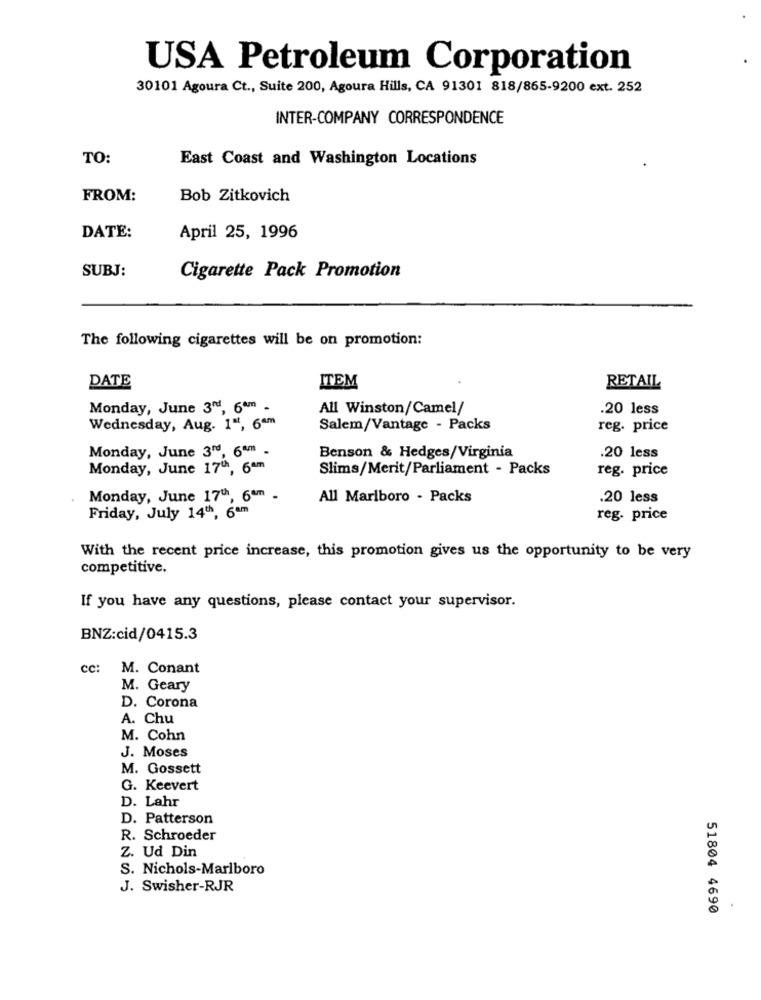
USA Petroleum Corporation
30101 Agoura Ct ., Suite 200, Agoura Hills, CA 91301 818/865-9200 ext. 252
INTER-COMPANY CORRESPONDENCE
TO:
East Coast and Washington Locations
FROM:
Bob Zitkovich
DATE:
April 25, 1996
SUBJ:
Cigarette Pack Promotion
The following cigarettes will be on promotion:
DATE
ITEM
RETAIL
Monday, June 3"4, 64m
All Winston/Camel/
.20 less
Wednesday, Aug. 1", 6am
Salem/Vantage - Packs
reg. price
Monday, June 3", 6am -
Benson & Hedges/Virginia
.20 less
Monday, June 17", 6am
Slims/Merit/Parliament - Packs
reg. price
Monday, June 17", 6ªm -
All Marlboro - Packs
.20 less
Friday, July 14", 6am
reg. price
With the recent price increase, this promotion gives us the opportunity to be very
competitive.
If you have any questions, please contact your supervisor.
BNZ:cid/0415.3
cc:
M. Conant
M. Geary
D. Corona
A. Chu
M. Cohn
J. Moses
M. Gossett
G. Keevert
D. Lahr
D. Patterson
R. Schroeder
Z. Ud Din
S. Nichols-Marlboro
J. Swisher-RJR
51804 4690